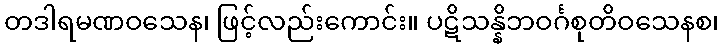
တဒါရမဏဝသေန၊ ဖြင့်လည်းကောင်း။ ပဋိသန္နိဘဝင်္ဂစုတိဝသေနစ၊